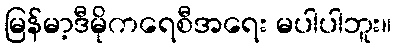
မြန်မာ့ဒီမိုကရေစီအရေး မပါပါဘူး။